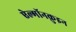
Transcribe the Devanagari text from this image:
ऐल्गॉनक़ुइन